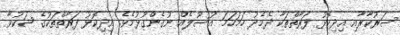
ސަރުކާރާއި އިދިކޮޅު ފަރާތްތަކާ ދެމެދު ހަމަހަމަ އުސޫލެއް ނުގެންގުޅުމެވެ. އިދިކޮޅު ފަރާތްތަކުގެ ޝަކުވާ